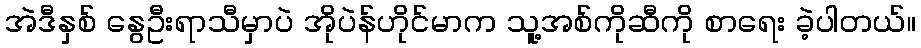
အဲဒီနှစ် နွေဦးရာသီမှာပဲ အိုပဲန်ဟိုင်မာက သူ့အစ်ကိုဆီကို စာရေး ခဲ့ပါတယ်။